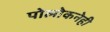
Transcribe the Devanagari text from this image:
पोलोकनेही